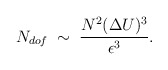
\begin{align*}N_{dof}\;\sim\;\frac{N^{2}(\Delta U)^{3}}{\epsilon^{3}}.\end{align*}